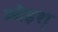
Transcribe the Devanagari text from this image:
म्चेइश्